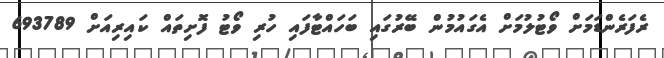
ރެފަރެންޑަމަށް ވޯޓުލުމަށް އެގައުމުން ބޭރުގައި ބަހައްޓާފައި ހުރި ވޯޓު ފޮށިތައް ކައިރިއަށް 693789